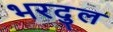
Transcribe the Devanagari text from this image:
भरदुल